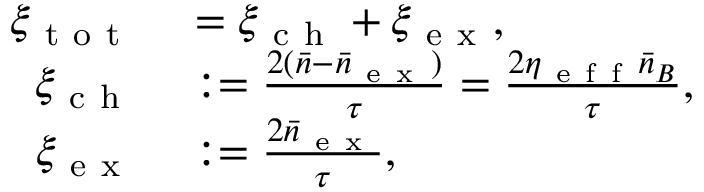
\begin{array} { r l } { \xi _ { \mathrm { ~ t ~ o ~ t ~ } } } & { { } = \xi _ { \mathrm { ~ c ~ h ~ } } + \xi _ { \mathrm { ~ e ~ x ~ } } , } \\ { \xi _ { \mathrm { ~ c ~ h ~ } } } & { { } : = \frac { 2 ( \bar { n } - \bar { n } _ { \mathrm { ~ e ~ x ~ } } ) } { \tau } = \frac { 2 \eta _ { \mathrm { ~ e ~ f ~ f ~ } } \bar { n } _ { B } } { \tau } , } \\ { \xi _ { \mathrm { ~ e ~ x ~ } } } & { { } : = \frac { 2 \bar { n } _ { \mathrm { ~ e ~ x ~ } } } { \tau } , } \end{array}